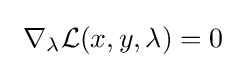
\ \nabla _{\lambda }{\mathcal {L}}(x,y,\lambda )=0\